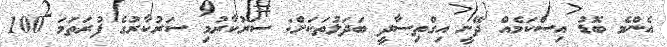
އެންމެ ބޮޑު އިސްކަމެއް ދޭނީ އިގްތިސާދީ ބަދަލުތަކަށް: ސަރުކާރުމި ސަރުކާރުގެ ފުރަތަމަ 100